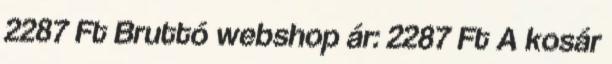
2287 Ft Bruttó webshop ár: 2287 Ft A kosár